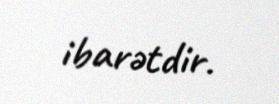
ibarətdir.